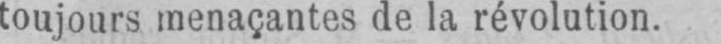
toujours menaçantes de la révolution.